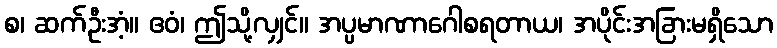
စ၊ ဆက်ဦးအံ့။ ဧဝံ၊ ဤသို့လျှင်။ အပ္ပမာဏာဂေါစရတာယ၊ အပိုင်းအခြားမရှိသော